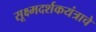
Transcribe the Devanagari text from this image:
सूक्ष्मदर्शकयंत्राचे